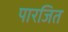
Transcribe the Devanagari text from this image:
पारजित